Civil Veterinary Department. Madras. Admin. report 1926-33 - 1926-1933
Year: 1926
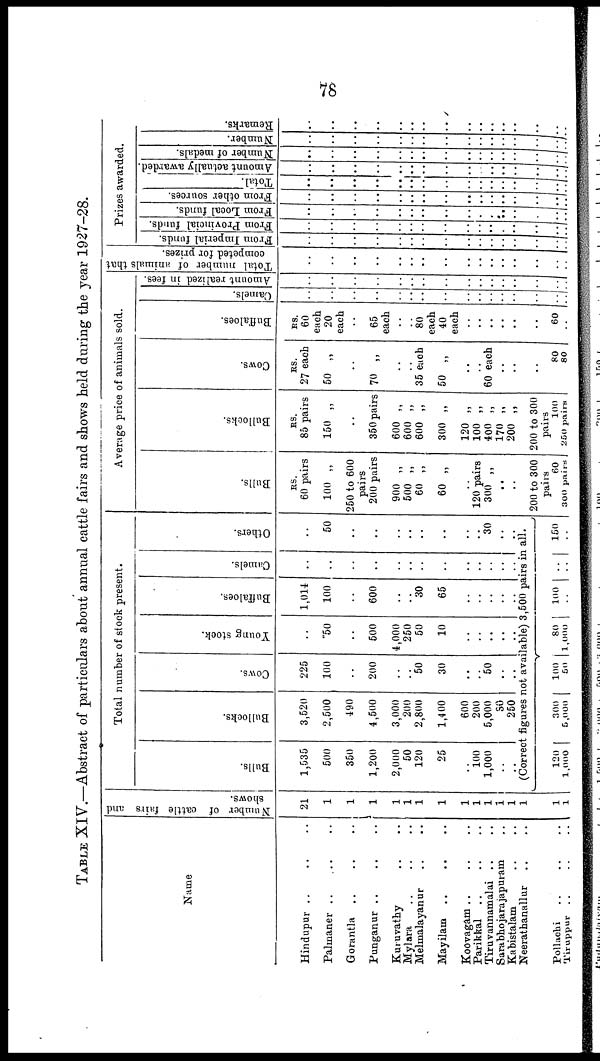
78
TABLE XIV.—Abstract of particulars about annual cattle fairs and shows held during the year 1927-28.
Name
Hindupur .. .. ..
Palmaner .. .. ..
Gorantla .. .. ..
Punganur .. .. ..
Kuruvathy .. ..
Mylara
..
..
..
Melmalayanur .. .. ..
Mayilam .. .. ..
Koovagam
..
..
..
Parikkal .. .. ..
Tiruvannamalai .. .. .. ..
Sarabhojarajapuram .. ..
Kabistalam .. ..
Neerathanallur .. ..
Pollachi
..
..
..
Tiruppur .. .. ..
Number of cattle fairs and
shows.
21
1
1
1
1
1
1
1
1
1
1
1
1
1
1
1
Total number of stock present.
Bulls.
1,535
500
350
1,200
2,000
50
120
25
100
1,000
Bullocks.
3,520
2,500
490
4,500
3,000
200
2,800
1,400
600
200
5,000
50
250
Cows.
225
100
..
200
..
..
50
30
..
..
50
..
..
Young stock.
..
50
..
500
4,000
250
50
..
10
..
..
..
..
..
Buffaloes.
1,014
100
..
600
..
..
30
65
..
..
..
..
..
Camels.
..
..
..
..
..
.. ..
..
..
..
..
..
..
..
..
Others.
..
50
..
..
..
..
..
..
..
..
30
..
..
(Correct figures not available) 3,500 pairs in all.
120 |
1,000
300
5,000
100
50
80
1,000
100
..
..
..
150
..
Average price of animals sold.
Bulls.
RS.
60 pairs
100 „
250 to 600
pairs
200 pairs
900 „
500 „
60 „
60 „
..
120 pairs
300 „
..
..
200 to 300
pairs
60
300 pairs
Bullocks.
RS.
85 pairs
150 „
..
350 pairs
600 „
600 „
600 „
300 „
120 „
100 „
400 „
170 „
200 „
200 to 300
pairs
100
250 pairs
Cows.
RS.
27 each
50
„
..
70
„
..
..
35 each
50
„
..
..
60 each
..
..
..
80
80
Buffaloes.
RS.
60
each
20
each
..
65
each
..
..
80
each
40
each
..
..
..
..
..
..
..
60
..
Camels.
..
..
..
..
..
..
..
..
..
..
..
..
..
..
..
..
..
..
Amount realized in fees.
..
..
..
..
..
..
..
..
..
..
..
..
..
Total number of animals that
competed for prizes.
..
..
..
..
..
..
..
..
..
..
..
..
..
..
..
Prizes awarded.
From Imperial funds.
..
..
..
..
..
..
..
..
..
..
..
..
..
..
..
From
Provincial funds.
..
..
..
..
..
..
..
..
..
..
..
..
..
..
..
From Local funds.
..
..
..
..
..
..
..
..
..
..
..
..
..
..
..
From other sources.
..
..
..
..
..
..
..
..
..
..
..
..
..
..
..
Total.
..
..
..
..
..
..
..
..
..
..
..
..
..
..
..
Amount actually awarded.
..
..
..
..
..
..
..
..
..
..
..
..
..
..
..
Number of medals.
..
..
..
..
..
..
..
..
..
..
..
..
..
..
..
Number.
..
..
..
..
..
..
..
..
..
..
..
..
..
..
..
Remarks.
..
..
..
..
..
..
..
..
..
..
..
..
..
..
..